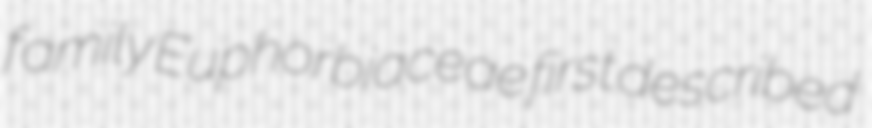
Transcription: family Euphorbiaceae first described